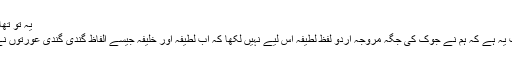
یہ تو تھا وضاحت سے پہلے والا تبصرہ
جوک سے قبل والی کی وضاحت یہ ہے کہ ہم نے جوک کی جگہ مروجہ اردو لفظ لطیفہ اس لیے نہیں لکھا کہ اب لطیفہ اور خلیفہ جیسے الفاظ گندی گندی عورتوں نے اپنے نام کا حصہ بنا لیے ہیں۔